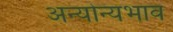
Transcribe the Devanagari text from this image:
अन्योन्यभाव